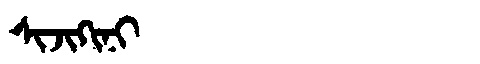
Manchu: ᠰᡳᠵᡳᡴᡳᠨᡳ
Romanization: SIJIKINI